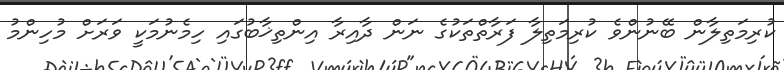
ކުރިމަތިލާން ބޭނުންވެ ކުރިމަތިލާ ފަރާތްތަކުގެ ނަން ދާއިރާ އިންތިޚާބުގައި ހިމެނުމަކީ ވަރަށް މުހިންމު